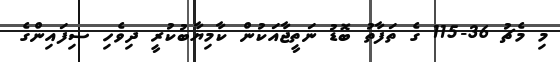
މި މެޗު 36-115 ގެ ތަފާތު ބޮޑު ނަތީޖާއަކުން ކާމިޔާބުކުރީ ދިވެހި ސިފައިންގެ